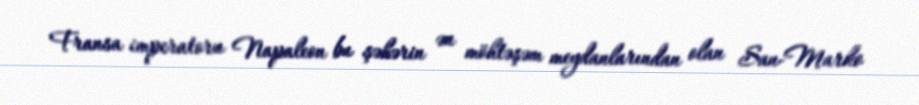
Fransa imperatoru Napaleon bu şəhərin ən möhtəşəm meydanlarından olan San-Marko